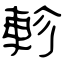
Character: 軫